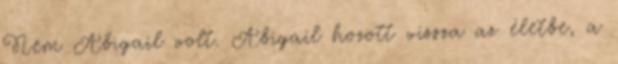
Nem Abigail volt. Abigail hozott vissza az életbe, a